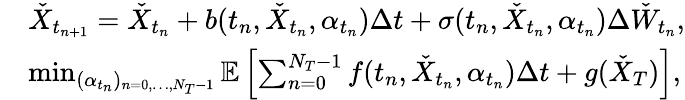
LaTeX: \begin{array}{rl}&{\check{X}_{t_{n+1}}=\check{X}_{t_{n}}+b(t_{n},\check{X}_{t_{n}},\alpha_{t_{n}})\Delta t+\sigma(t_{n},\check{X}_{t_{n}},\alpha_{t_{n}})\Delta\check{W}_{t_{n}},}\\ &{\operatorname*{min}_{(\alpha_{t_{n}})_{n=0,\dots,N_{T}-1}}\mathbb{E}\left[\sum_{n=0}^{N_{T}-1}f(t_{n},\check{X}_{t_{n}},\alpha_{t_{n}})\Delta t+g(\check{X}_{T})\right],}\end{array}